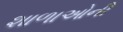
શાળાઓની